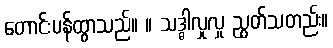
တောင်းပန်ထွာသည်။ ။ သဒ္ဓါလှုလှု ညွတ်သတည်း။